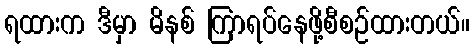
ရထားက ဒီမှာ မိနစ် ကြာရပ်နေဖို့စီစဉ်ထားတယ်။